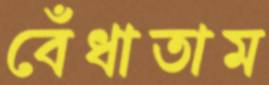
বেঁধাতাম